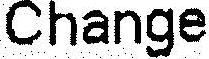
CHANGE